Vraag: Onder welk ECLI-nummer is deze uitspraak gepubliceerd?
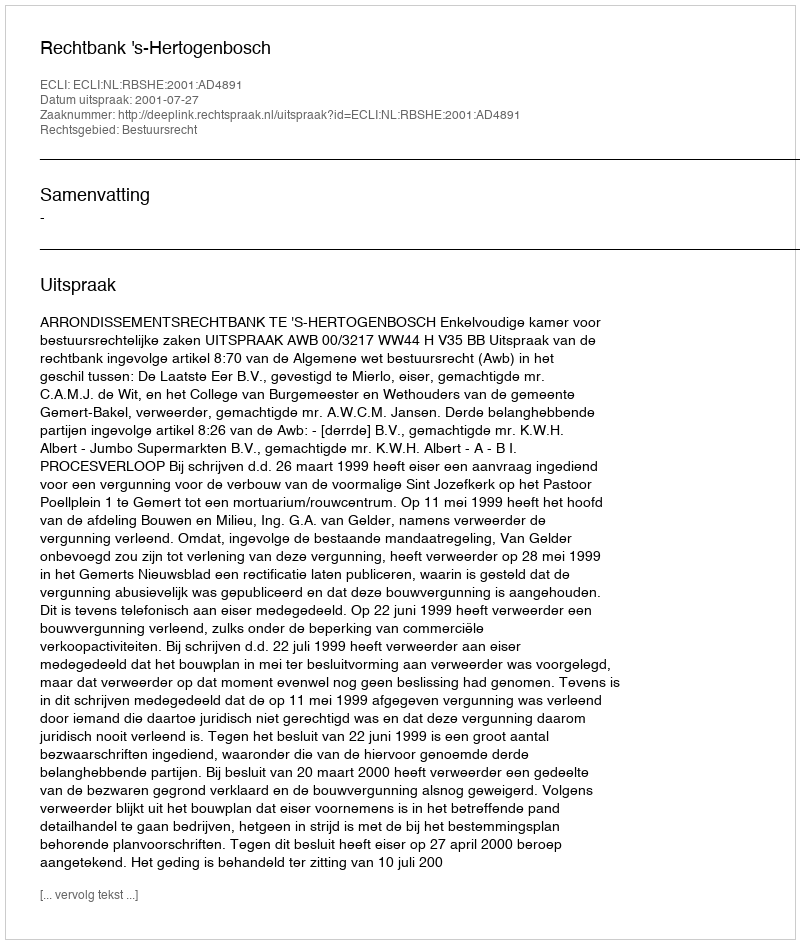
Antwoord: ECLI:NL:RBSHE:2001:AD4891